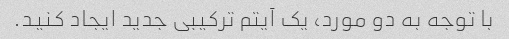
با توجه به دو مورد، یک آیتم ترکیبی جدید ایجاد کنید.